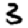
Digit: 3